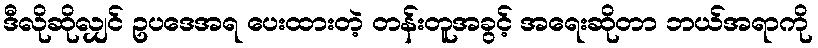
ဒီလိုဆိုလျှင် ဥပဒေအရ ပေးထားတဲ့ တန်းတူအခွင့် အရေးဆိုတာ ဘယ်အရာကို